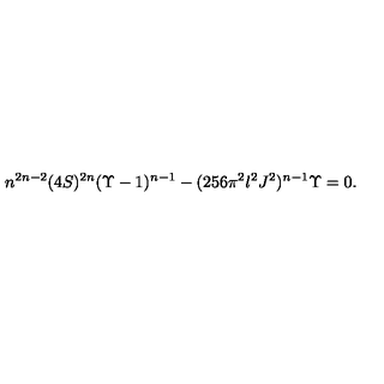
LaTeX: n ^ { 2 n - 2 } ( 4 S ) ^ { 2 n } ( \Upsilon - 1 ) ^ { n - 1 } - ( 2 5 6 \pi ^ { 2 } l ^ { 2 } J ^ { 2 } ) ^ { n - 1 } \Upsilon = 0 .